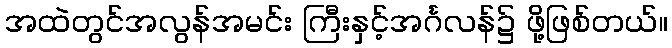
အထဲတွင်အလွန်အမင်း ကြီးနှင့်အင်္ဂလန်၌ ဖို့ဖြစ်တယ်။